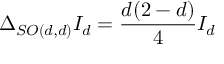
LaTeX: \Delta _ { S O ( d , d ) } I _ { d } = \frac { d ( 2 - d ) } { 4 } I _ { d }